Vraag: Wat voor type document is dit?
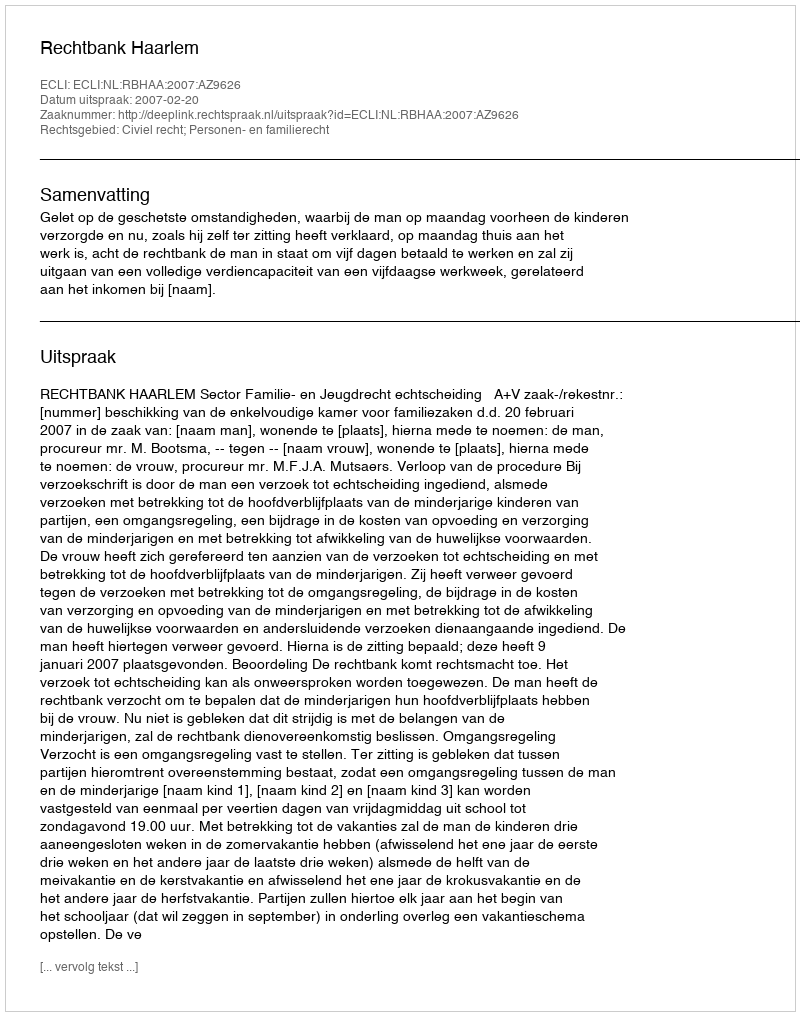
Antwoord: Uitspraak